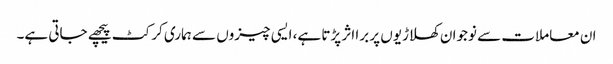
ان معاملات سے نوجوان کھلاڑیوں پر برا اثر پڑتا ہے، ایسی چیزوں سے ہماری کرکٹ پیچھے جاتی ہے۔